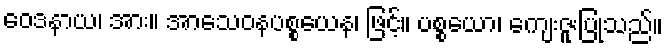
ဝေဒနာယ၊ အား။ အာသေဝနပစ္စယေန၊ ဖြင့်။ ပစ္စယော၊ ကျေးဇူးပြုသည်။